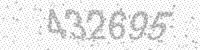
Solution: 432695